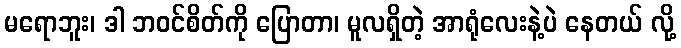
မရောဘူး၊ ဒါ ဘဝင်စိတ်ကို ပြောတာ၊ မူလရှိတဲ့ အာရုံလေးနဲ့ပဲ နေတယ် လို့